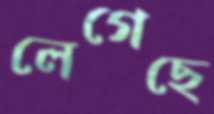
লেগেছে